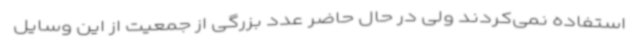
استفاده نمی‌کردند ولی در حال حاضر عدد بزرگی از جمعیت از این وسایل